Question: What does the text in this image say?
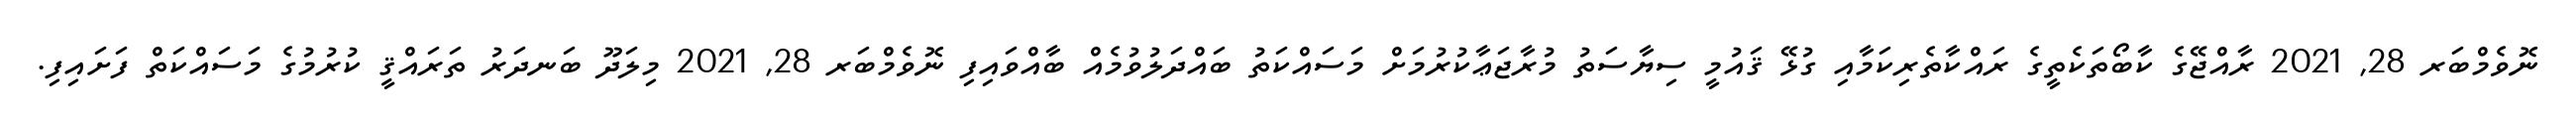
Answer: ނޮވެމްބަރ 28, 2021 ރާއްޖޭގެ ކާބޯތަކެތީގެ ރައްކާތެރިކަމާއި ގުޅޭ ޤައުމީ ސިޔާސަތު މުރާޖަޢާކުރުމަށް މަސައްކަތު ބައްދަލުވުމެއް ބާއްވައިފި ނޮވެމްބަރ 28, 2021 މިލަދޫ ބަނދަރު ތަރައްޤީ ކުރުމުގެ މަސައްކަތް ފަށައިފި.